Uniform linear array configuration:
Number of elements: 16
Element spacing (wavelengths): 1
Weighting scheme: binomial
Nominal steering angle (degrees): -30
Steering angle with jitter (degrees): -29.217
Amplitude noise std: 0.05
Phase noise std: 0.05

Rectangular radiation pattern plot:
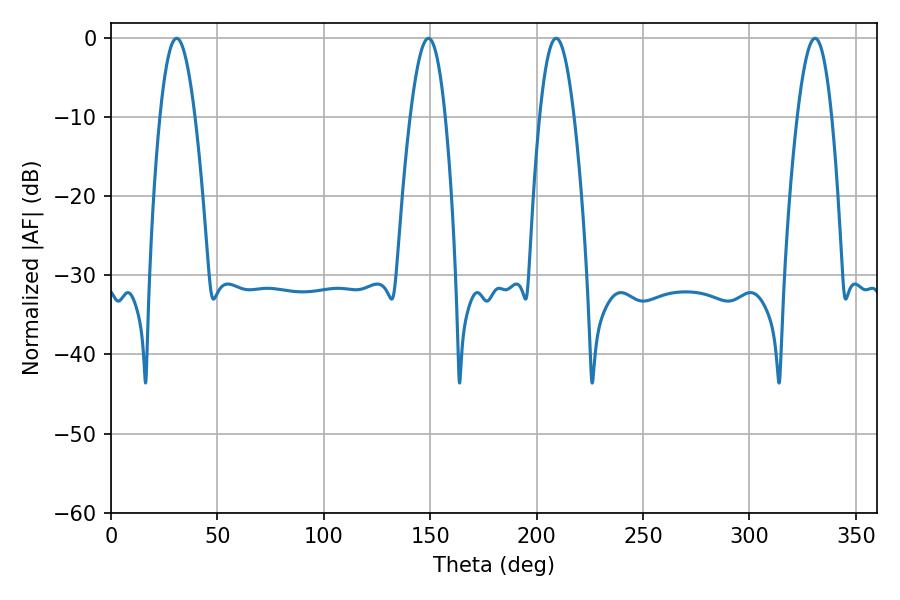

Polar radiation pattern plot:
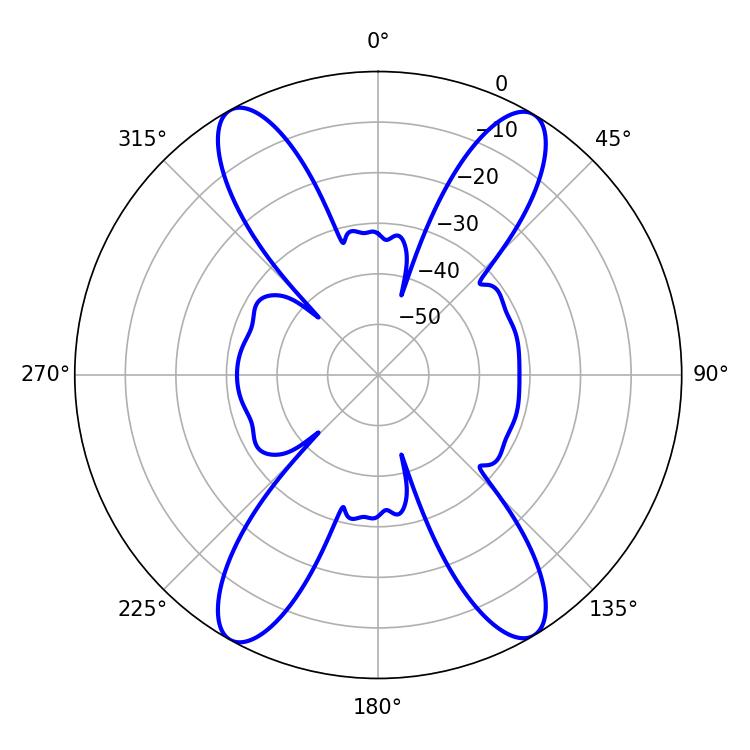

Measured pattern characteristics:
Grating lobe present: TRUE
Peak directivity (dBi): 22.292
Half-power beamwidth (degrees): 8.82
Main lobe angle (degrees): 209.16